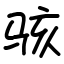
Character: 骇